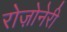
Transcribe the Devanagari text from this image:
रोज़ोनेरी